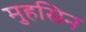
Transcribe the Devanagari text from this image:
मुहसिन